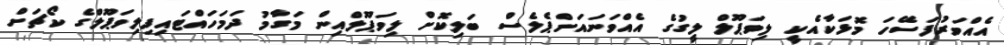
އެއްވަރުފަސޭހަ މޮޅަކާއެކީ ލިވަޕޫލް ލީގުގެ އެއްވަނައަށްޕެލެސް ބަލިކޮށް ލިވަޕޫލްއިން މަގާމު ދަމަހައްޓައިފިލިވަޕޫލްގެ ކޯޗަށް